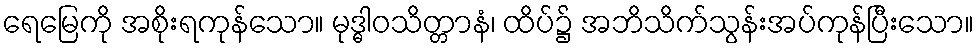
ရေမြေကို အစိုးရကုန်သော။ မုဒ္ဓါဝသိတ္တာနံ၊ ထိပ်၌ အဘိသိက်သွန်းအပ်ကုန်ပြီးသော။